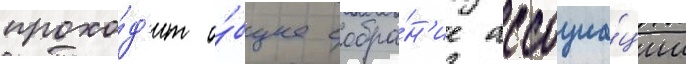
прохо́д'ит о́бщее собра́н'ие ассоциа́ции